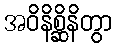
အဝိနိစ္ဆိနိတွာ